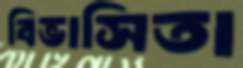
বিভাসিতা